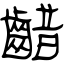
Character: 齰